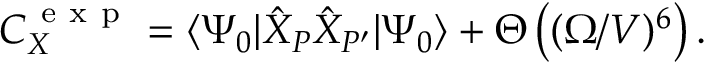
C _ { X } ^ { \mathrm { ~ e ~ x ~ p ~ } } = \langle \Psi _ { 0 } | \hat { X } _ { P } \hat { X } _ { P ^ { \prime } } | \Psi _ { 0 } \rangle + \Theta \left( ( \Omega / V ) ^ { 6 } \right) .